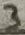
Text: 3